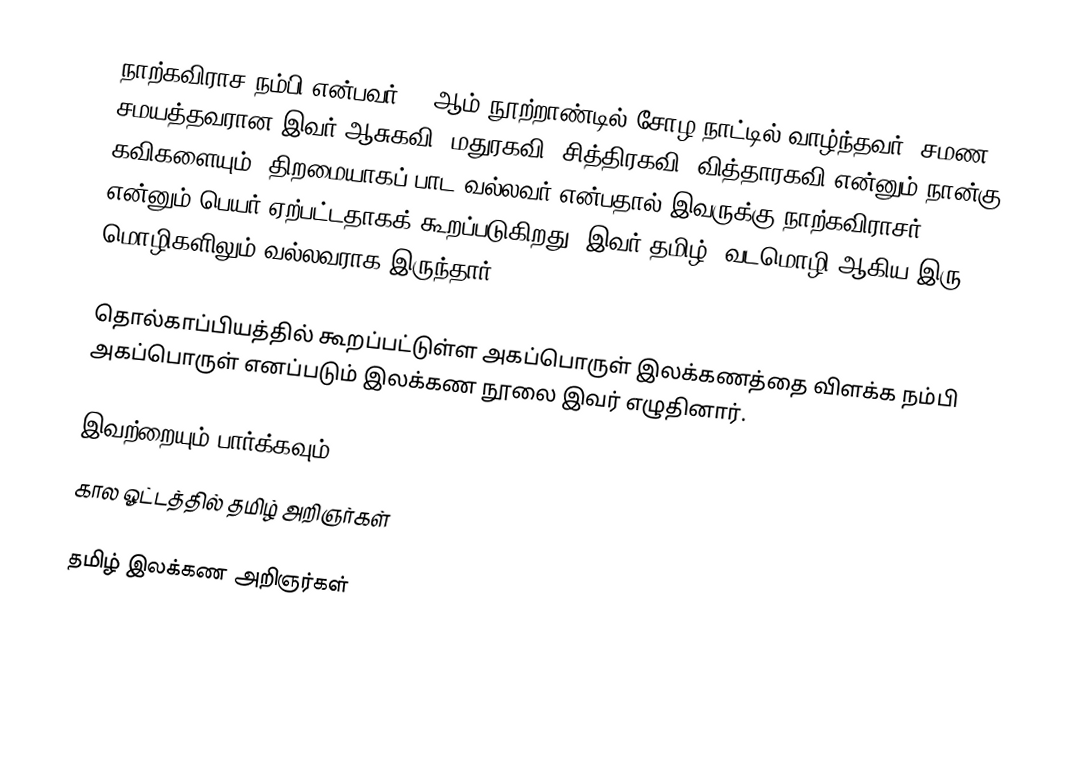
நாற்கவிராச நம்பி என்பவர் 12-ஆம் நூற்றாண்டில் சோழ நாட்டில் வாழ்ந்தவர். சமண சமயத்தவரான இவர் ஆசுகவி, மதுரகவி, சித்திரகவி, வித்தாரகவி என்னும் நான்கு கவிகளையும், திறமையாகப் பாட வல்லவர் என்பதால் இவருக்கு நாற்கவிராசர் என்னும் பெயர் ஏற்பட்டதாகக் கூறப்படுகிறது. இவர் தமிழ், வடமொழி ஆகிய இரு மொழிகளிலும் வல்லவராக இருந்தார்.

தொல்காப்பியத்தில் கூறப்பட்டுள்ள அகப்பொருள் இலக்கணத்தை விளக்க நம்பி அகப்பொருள் எனப்படும் இலக்கண நூலை இவர் எழுதினார்.

இவற்றையும் பார்க்கவும்
 கால ஓட்டத்தில் தமிழ் அறிஞர்கள்

தமிழ் இலக்கண அறிஞர்கள்